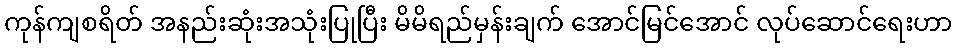
ကုန်ကျစရိတ် အနည်းဆုံးအသုံးပြုပြီး မိမိရည်မှန်းချက် အောင်မြင်အောင် လုပ်ဆောင်ရေးဟာ